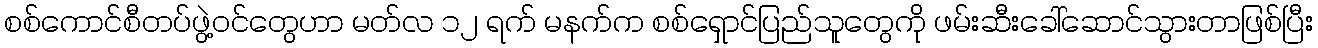
စစ်ကောင်စီတပ်ဖွဲ့ဝင်တွေဟာ မတ်လ ၁၂ ရက် မနက်က စစ်ရှောင်ပြည်သူတွေကို ဖမ်းဆီးခေါ်ဆောင်သွားတာဖြစ်ပြီး